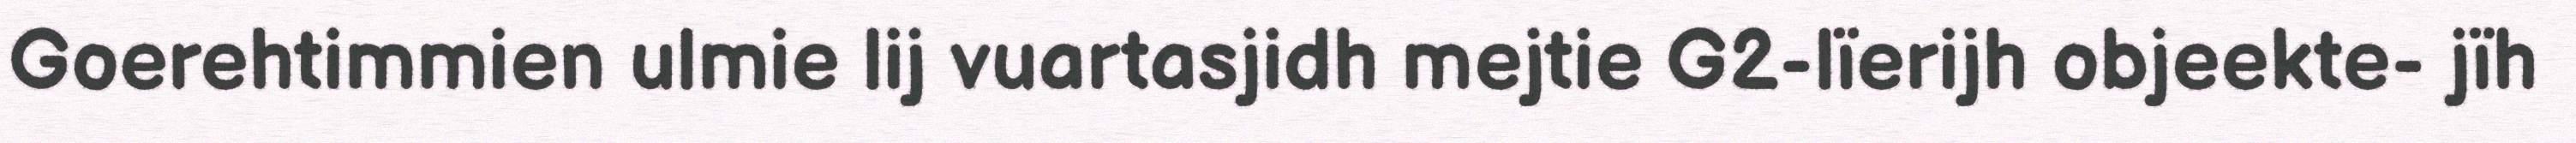
Goerehtimmien ulmie lij vuartasjidh mejtie G2-lïerijh objeekte- jïh